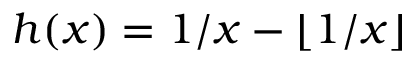
h ( x ) = 1 / x - \lfloor 1 / x \rfloor